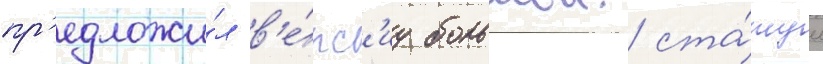
пр'едложи́л в'е́рс'иу большои ста́туи